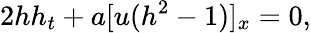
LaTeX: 2hh_{t}+a[u(h^{2}-1)]_{x}=0,